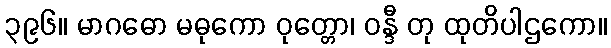
၃၉၆။ မာဂဓော မဓုကော ဝုတ္တော၊ ဝန္ဒီ တု ထုတိပါဌကော။